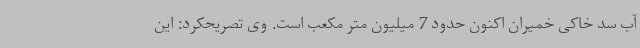
آب سد خاکی خمیران اکنون حدود 7 میلیون متر مکعب است. وی تصریحکرد: این